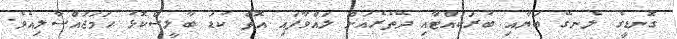
ގޮނޑީގެ ލެނގޭ ބަޔާއި ބުރަކައްޓާއި ދޭތެރެއަށް ލައްވާފައި އޮތް ކުޑަ ބާލީސްކޮޅު ހަމަޖައްސާލިއެވެ.